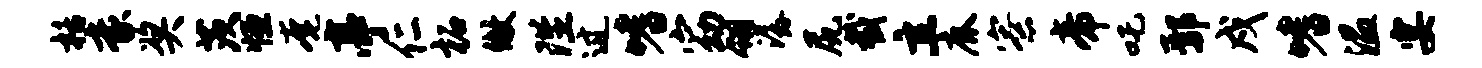
栝豪奖茨恒奄亭仁柘做陛过嗜窈翎潺尻截立鹿寮帝吒鄢戍嗜温宴